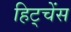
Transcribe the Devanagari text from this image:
हिट्चेंस